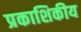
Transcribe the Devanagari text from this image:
प्रकाशिकीय